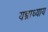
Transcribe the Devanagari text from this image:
यन्त्राध्याय